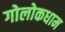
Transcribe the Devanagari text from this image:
गोलोकधाम